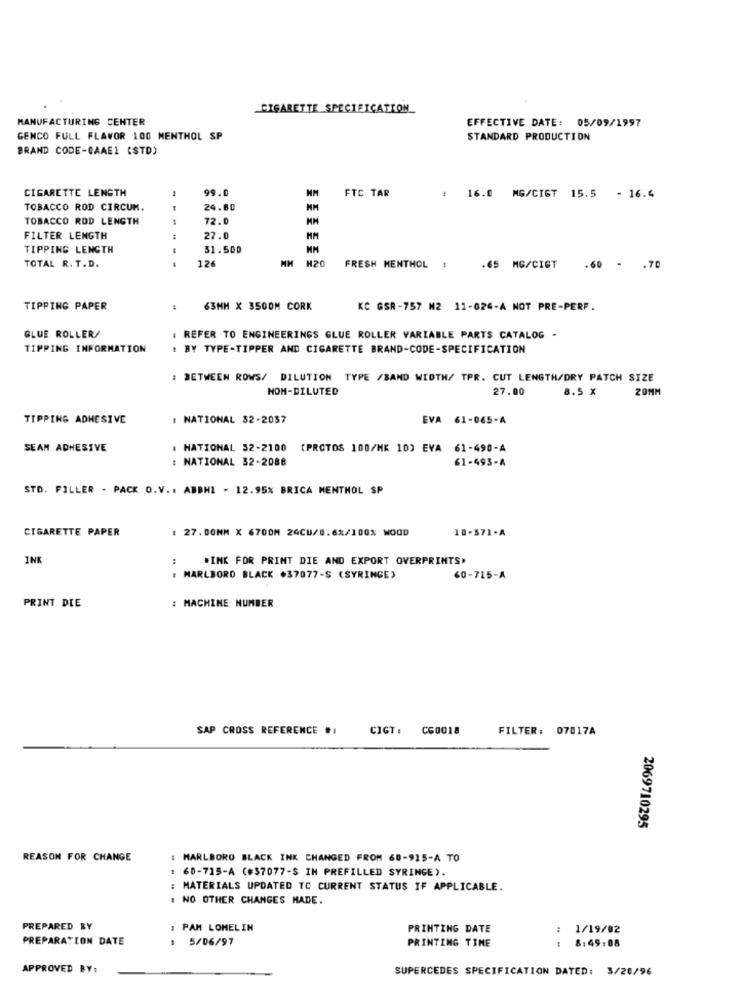
CIGARETTE SPECIFICATION
MANUFACTURING CENTER
EFFECTIVE DATE: 05/09/1997
GENCO FULL FLAVOR 100 MENTHOL SP
STANDARD PRODUCTION
BRAND CODE-CAAEI (STD)
CIGARETTE LENGTH
99.0
FTC TAR
16.0 MG/CIGT 15.5 - 16.4
TOBACCO ROD CIRCUM.
24.60
TOBACCO ROD LENGTH
72.0
FILTER LENGTH
27.0
MM
TIPPING LENGTH
31.500
TOTAL R. T.D.
126
H20
---
FRESH MENTHOL
.65
MG/CIST
.60 - . 70
TIPPING PAPER
63MM X 3500M CORK
KC GSR-757 M2 11-624-A NOT PRE-PERF.
GLUE ROLLER/
: REFER TO ENGINEERINGS GLUE ROLLER VARIABLE PARTS CATALOG -
TIPPING INFORMATION
: BY TYPE-TIPPER AND CIGARETTE BRAND-CODE-SPECIFICATION
: BETWEEN ROWS/ DILUTION TYPE /BAND WIDTH/ TPR. CUT LENGTH/DRY PATCH SIZE
NOM-DILUTED
27.00
8.5 X
20MM
TIPPING ADHESIVE
: NATIONAL 32-2037
EVA 61-065-A
SEAM ADHESIVE
. NATIONAL 32-2100
(PROTOS 100/MK 10) EVA 61-490-A
: NATIONAL 32-2088
61-493-A
STD. FILLER . PACK O.V .. ABBHI - 12.95% BRICA MENTHOL SP
CIGARETTE PAPER
27.00NM X 6700M 24CU/0.6%/100% WOOD
10-371-A
INK
:
DINK FOR PRINT DIE AND EXPORT OVERPRINTS'
: MARLBORO BLACK .37077-S (SYRINGE)
60-715-A
: MACHINE NUMBER
PRINT DLE
SAP CROSS REFERENCE ..
CIGT: C60018
FILTER: 07017A
2069710295
REASON FOR CHANGE
: MARLBORO BLACK INK CHANGED FROM 60-915-A TO
60-715-A (#37077-S IN PREFILLED SYRINGE).
: MATERIALS UPDATED TC CURRENT STATUS IF APPLICABLE.
. NO OTHER CHANGES MADE.
PREPARED BY
: PAM LOMELIN
PRINTING DATE
: 1/19/02
PREPARATION DATE
5/06/97
PRINTING TIME
8:49:08
APPROVED BY:
SUPERCEDES SPECIFICATION DATED: 3/20/96